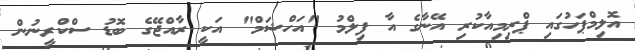
އޮލިމްޕަހުގައި ޕްރިމިއާކުރި އޭނާގެ އާ ފިލްމު "އަހްޝަމް" އަކީ ރާއްޖޭގެ ބޮޑު ސްކްރީނުން